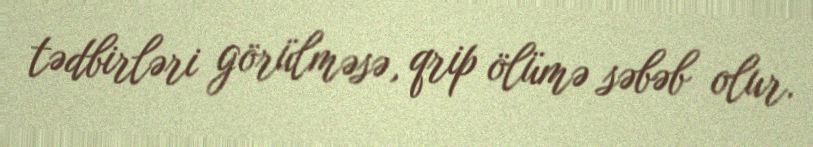
tədbirləri görülməsə, qrip ölümə səbəb olur.